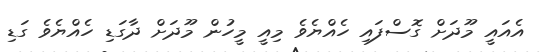
އެއައީ މޫދަށް ގޮސްފައި ހެއްޔެވެ މިއީ މީހުން މޫދަށް ދާގަޑި ހެއްޔެވެ ގަޑި